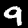
Label: 9